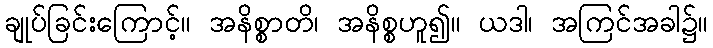
ချုပ်ခြင်းကြောင့်။ အနိစ္စာတိ၊ အနိစ္စဟူ၍။ ယဒါ၊ အကြင်အခါ၌။